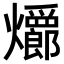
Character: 𪺆